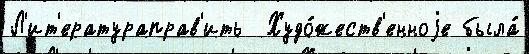
Л'ит'ератураправ'ить  Худо́жеств'енноjе была́